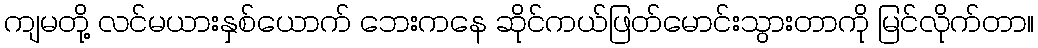
ကျမတို့ လင်မယားနှစ်ယောက် ဘေးကနေ ဆိုင်ကယ်ဖြတ်မောင်းသွားတာကို မြင်လိုက်တာ။